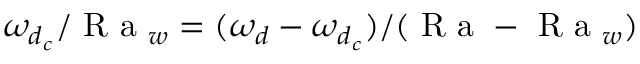
\omega _ { d _ { c } } / \textrm { R a } _ { w } = ( \omega _ { d } - \omega _ { d _ { c } } ) / ( \textrm { R a } - \textrm { R a } _ { w } )